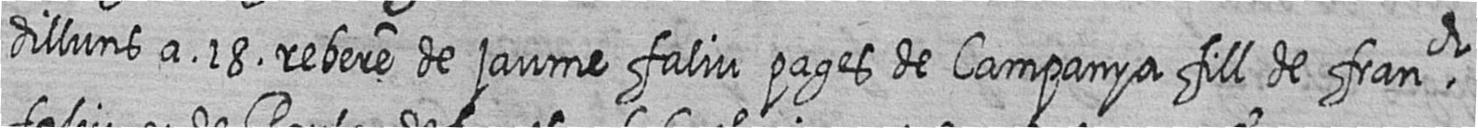
dilluns a 18 rebere de jaume faliu pages de Campanya fill de franch